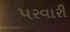
૫રવારી